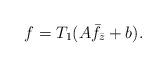
LaTeX: \begin{align*}f=T_1(A\bar f_{\bar z}+b).\end{align*}